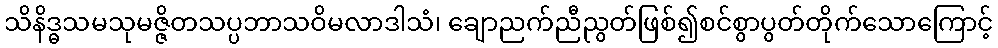
သိနိဒ္ဓသမသုမဇ္ဇိတသပ္ပဘာသဝိမလာဒါသံ၊ ချောညက်ညီညွတ်ဖြစ်၍စင်စွာပွတ်တိုက်သောကြောင့်